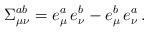
LaTeX: \begin{align*}\Sigma _{\mu \nu }^{ab}=e_\mu ^a \, e_\nu ^b - e_\mu ^b \, e_\nu ^a \, . \end{align*}